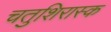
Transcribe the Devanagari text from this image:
चतुशिरास्क